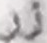
زر